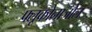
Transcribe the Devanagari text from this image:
फ्लूकोनाजोल